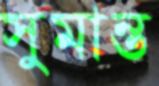
সুমান্ত